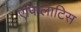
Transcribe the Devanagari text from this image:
एपिग्लाटिस